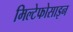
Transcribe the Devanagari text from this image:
मिल्टेफोसाइन